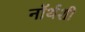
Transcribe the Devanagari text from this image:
नॉर्थशी